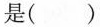
是( )